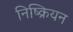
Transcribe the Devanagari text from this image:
निष्क्रियन